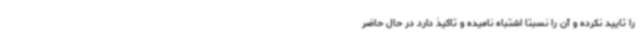
را تایید نکرده و آن را نسبتا اشتباه نامیده و تاکیذ دارد در حال حاضر